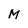
Character: M